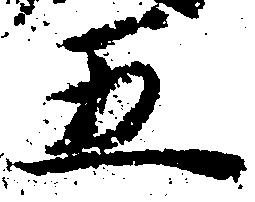
五